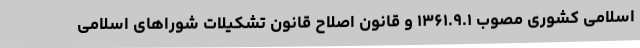
اسلامی کشوری مصوب ۱۳۶۱.۹.۱ و قانون اصلاح قانون تشکیلات شوراهای اسلامی